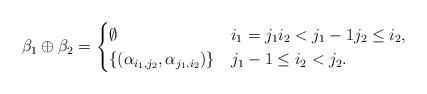
LaTeX: \begin{align*} \beta_1 \oplus \beta_2 = \begin{cases} \emptyset & i_1 = j_1 i_2 < j_1-1 j_2 \leq i_2, \\ \{ (\alpha_{i_1, j_2}, \alpha_{j_1, i_2} )\} & j_1 -1 \leq i_2 < j_2. \end{cases} \end{align*}